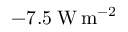
- 7 . 5 \; \mathrm { W } \, \mathrm { m } ^ { - 2 }